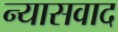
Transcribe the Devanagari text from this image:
न्यासवाद